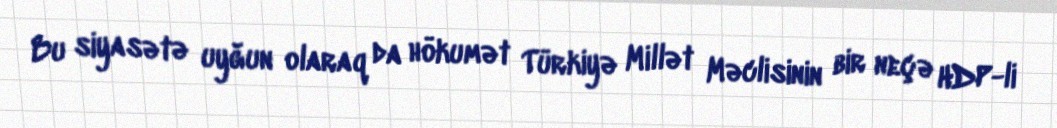
Bu siyasətə uyğun olaraq da hökumət Türkiyə Millət Məclisinin bir neçə HDP-li